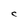
Character: C